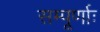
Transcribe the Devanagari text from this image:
सम्पूर्णाः